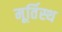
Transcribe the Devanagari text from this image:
मूर्तिस्थ